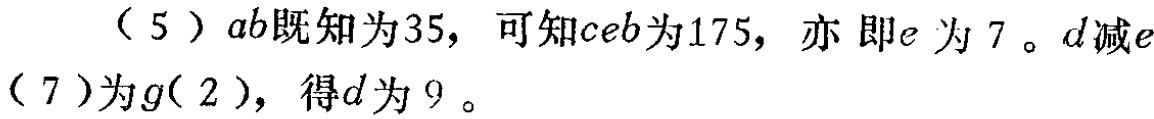
（5）\(ab\)既知为\(35\)，可知\(ceb\)为\(175\)，亦即\(e\)为\(7\)。\(d\)减\(e\)（\(7\)）为\(g\)（\(2\)），得\(d\)为\(9\)。